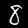
Digit: 8